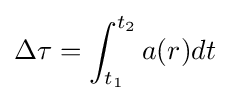
\Delta \tau =\int _{t_{1}}^{t_{2}}a(r)dt